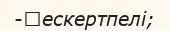
-	ескертпелі;